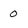
Character: 0